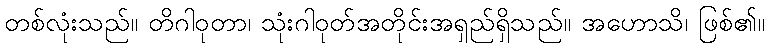
တစ်လုံးသည်။ တိဂါဝုတာ၊ သုံးဂါဝုတ်အတိုင်းအရှည်ရှိသည်။ အဟောသိ၊ ဖြစ်၏။